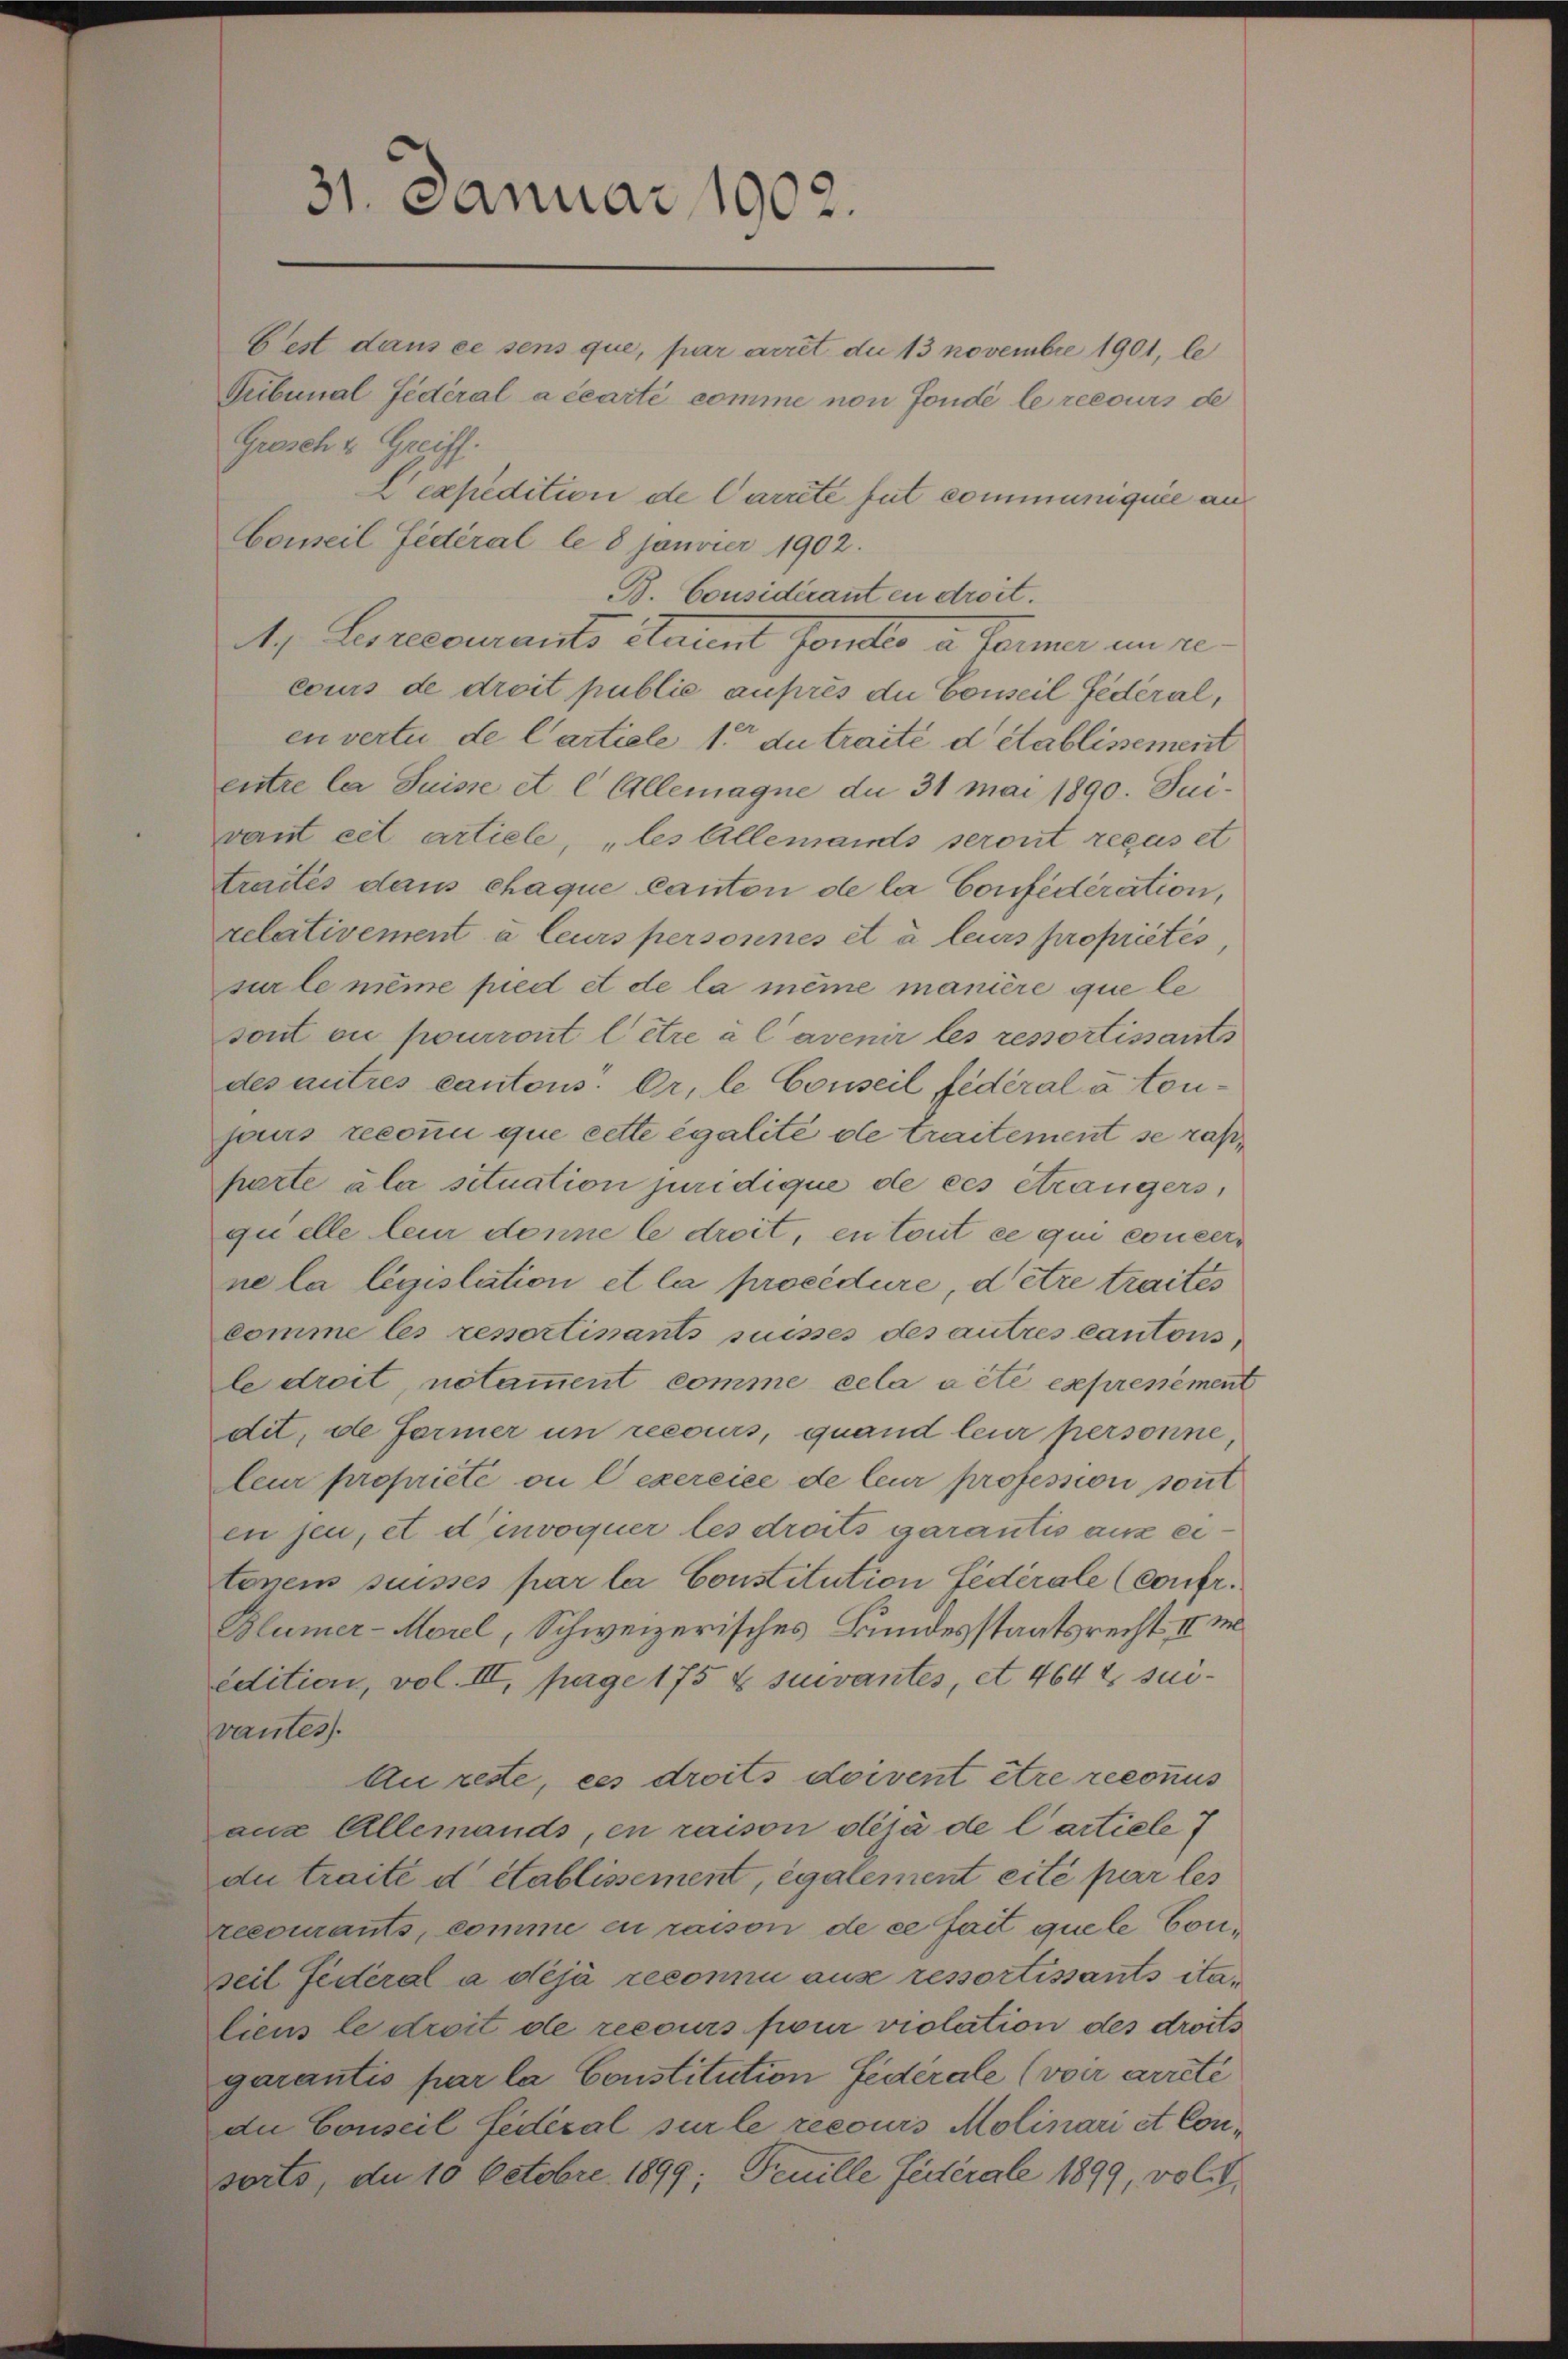
31. Januar 1902.

Tribunal fédéral a écarti comme non fondé le recours de
Pexpedition de Carrete fut communiquée aus
B. Considérant en droit.
M. Berecomants Stammt Fonte u. Ferner ein re
cours de droit public auprès du Conseil fédéral,
en vertu de Cartiele 1er du traité d Stablissement
entre la Suisse et l Allemagne du 31 Mai 1890. Jui-
vant cet artiele, „les Allemands seront reçus et
traités dans chaque Canton de la Confédération,
relativement à leurs personnes et à leurs propriétés,
sur le même pied et de la même manière que le
sont ou pourront l’être à l’avenir les ressortissantes
des autres cantons. Er, le Conseil fédéral à tou
jours reconnu que cette égalité de traitement se rasharte aber situation juridique de ces étrangers,
quelle leur donne le droit, en tout ce qui concer
ne la législation et la procédure, d’être traites
comme les reportisants suisses des autres Cantons
le droit, notamment comme cela a été exprenement
dit, de Former un recours, quand leur personne,
leur propriété ou l’exercice de leur profession sont
en sei, et d’invoquer les droits darantis aux eitonens suisses par la Constitution fédérale (Confr.
Blümer-Morel, Schweizerisches Bundesstaatsrecht II m
edition, vol. III, pag. 175 x suivantes, et 464 x suivantes.
Au rette, ces droits doivent être reconnus
aus Allemands, en raison déjà de l’artiele?
du traite d établissement, également cité par les
recourants, comme en raison de ce fait quele Conseil fédéral a déjà reconnu aus ressortissants italiens le droit de recours four violation des droits
garantis par la Constitution Federale (von arreté
du Conseil fédéral sur le recours Molinari et Consorts, da 10 Octobre 1899; Peuille festerale 1899, vol

Fest dans ce sens que, par arret du 13 Novembre 1901, le
Grosch & Greiff.

Conseil fédéral le 8 Janvier 1902.